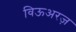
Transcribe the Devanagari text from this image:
विऊअरज़